Vaccination in the Punjab 1867-1880 - 1867-1880
Year: 1867
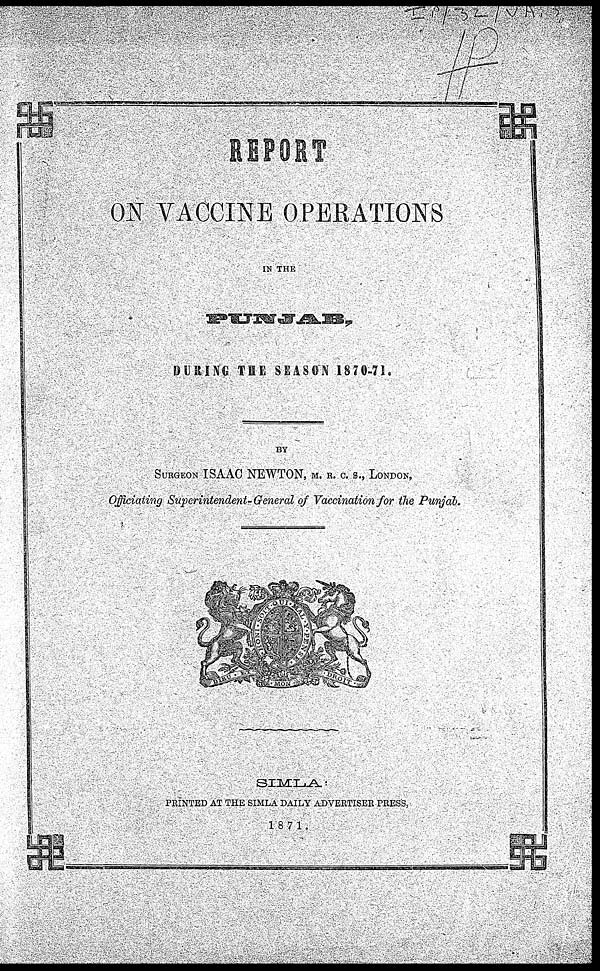
REPORT
ON VACCINE OPERATIONS
IN THE
PUNJAB,
DURING THE SEASON 1870-71.
BY
SURGEON ISAAC NEWTON, M. R. C. S., LONDON,
Officiating Superintendent-General of Vaccination for the Punjab.
SIMLA :
PRINTED AT THE SIMLA DAILY ADVERTISER PRESS,
1871.